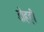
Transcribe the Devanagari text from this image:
डोहही